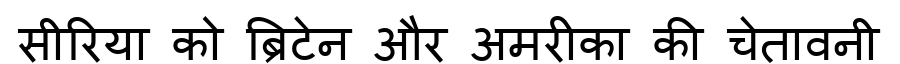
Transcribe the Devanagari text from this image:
सीरिया को ब्रिटेन और अमरीका की चेतावनी